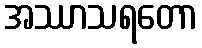
အဿာသရတော